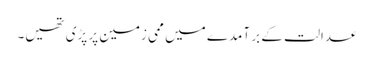
عدالت کے بر آمدے میں ممی زمین پر پڑی تھیں۔